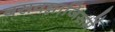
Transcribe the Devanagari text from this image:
बसवन्नाजिसमें